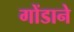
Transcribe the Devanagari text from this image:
गोंडाने